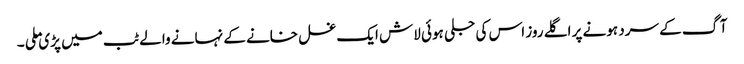
آگ کے سرد ہونے پر اگلے روز اس کی جلی ہوئی لاش ایک غسل خانے کے نہانے والے ٹب میں پڑی ملی ۔